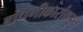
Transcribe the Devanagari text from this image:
बांधणीकारांकडून